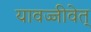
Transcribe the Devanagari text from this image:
यावज्जीवेत्‌